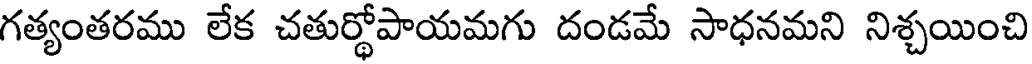
గత్యంతరము లేక చతుర్థోపాయమగు దండమే సాధనమని నిశ్చయించి